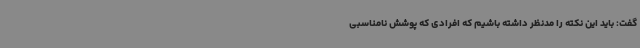
گفت: باید این نکته را مدنظر داشته باشیم که افرادی که پوشش نامناسبی